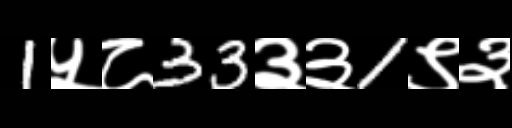
Text: 1५८33३३1९३